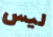
ليس